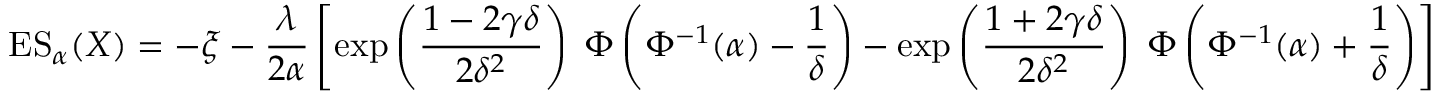
\operatorname { E S } _ { \alpha } ( X ) = - \xi - { \frac { \lambda } { 2 \alpha } } \left[ \exp \left( { \frac { 1 - 2 \gamma \delta } { 2 \delta ^ { 2 } } } \right) \; \Phi \left( \Phi ^ { - 1 } ( \alpha ) - { \frac { 1 } { \delta } } \right) - \exp \left( { \frac { 1 + 2 \gamma \delta } { 2 \delta ^ { 2 } } } \right) \; \Phi \left( \Phi ^ { - 1 } ( \alpha ) + { \frac { 1 } { \delta } } \right) \right]